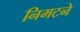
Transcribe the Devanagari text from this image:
निमटने